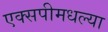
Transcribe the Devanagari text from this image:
एक्सपीमधल्या